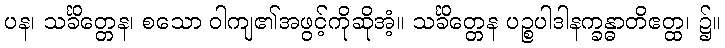
ပန၊ သင်္ခိတ္တေန၊ စသော ဝါကျ၏အဖွင့်ကိုဆိုအံ့။ သင်္ခိတ္တေန ပဉ္စပါဒါနက္ခန္ဓာတိဧတ္ထ၊ ၌။